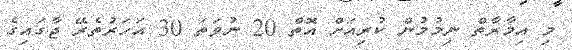
މި އިމާރާތް ނިމުމުން ކުރިއަށް އޮތް 20 ނުވަތަ 30 އަހަރުތެރޭ ޖާގައިގެ